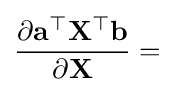
{\frac {\partial \mathbf {a} ^{\top }\mathbf {X} ^{\top }\mathbf {b} }{\partial \mathbf {X} }}=